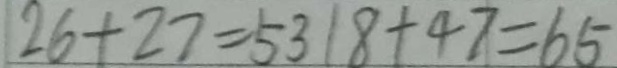
2 6 + 2 7 = 5 3 1 8 + 4 7 = 6 5